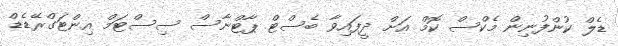
ޑެލް ކުންފުނިން މެކްސް ކޮމް އަށް ދީފައިވާ ބެސްޓް ޕާޓްނާސް ސިސްޓަމް އިންޓަގްރޭޑެޑް